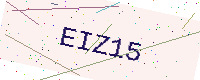
Text: EIZ15